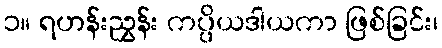
၁။ ရဟန်းညွှန်း ကပ္ပိယဒါယကာ ဖြစ်ခြင်း၊